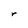
Character: r